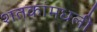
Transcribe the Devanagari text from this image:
शतकांमधली